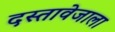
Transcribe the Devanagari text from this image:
दस्तावेजाला